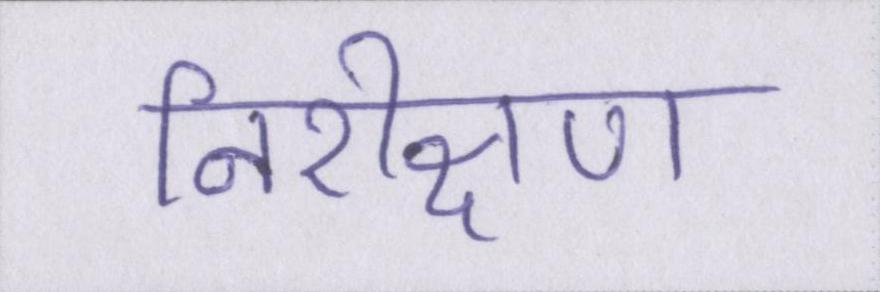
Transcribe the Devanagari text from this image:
निरीक्षण